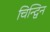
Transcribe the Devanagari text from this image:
चिन्द्विन